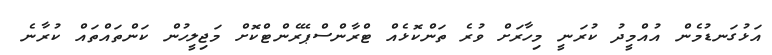
އަޅުގަނޑުމެން އުއްމީދު ކުރަނީ މިހާރަށް ވުރެ ތަންކޮޅެއް ޓްރާންސްޕޭރެންޓްކޮށް މަޖިލީހުން ކަންތައްތައް ކުރާނެ